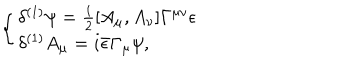
\left\{ \left\{ \begin{cases} { { \delta ^ { ( 1 ) } \psi = \frac { i } { 2 } [ A _ { \mu } , A _ { \nu } ] \Gamma ^ { \mu \nu } \epsilon } } \\ { { \delta ^ { ( 1 ) } A _ { \mu } = i { \bar { \epsilon } } \Gamma _ { \mu } \psi , } } \\ \end{cases} \right. \right.